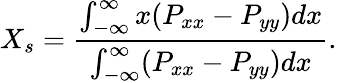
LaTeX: X_{s}=\frac{\int_{-\infty}^{\infty}x(P_{xx}-P_{yy})dx}{\int_{-\infty}^{\infty}(P_{xx}-P_{yy})dx}.